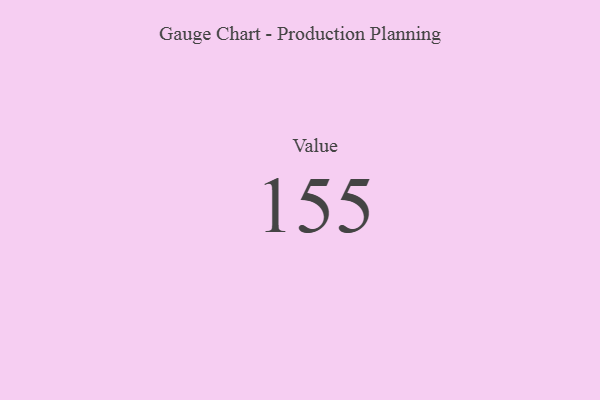
{"axis": {"x": "Metric", "y": "Value"}, "legend": [""], "data": [{"x": "Value", "y": 155, "type": ""}]}